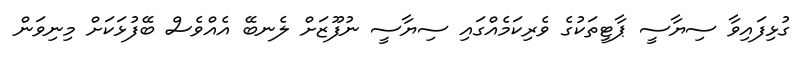
ގުޅިފައިވާ ސިޔާސީ ޕާޓީތަކުގެ ވެރިކަމެއްގައި ސިޔާސީ ނުފޫޒަށް ލެނބޭ އެއްވެސް ބޭފުޅަކަށް މިނިވަން